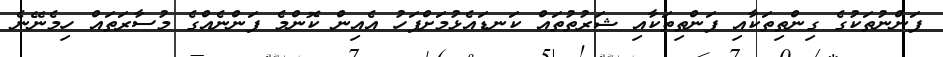
ފަންނުތަކުގެ ގިންތިތަކާއި ފަންތިތަކާއި ޝަރުތުތައް ކަނޑައެޅުމަށްފަހު އެއިން ކޮންމެ ފަންނެއްގެ މުސާރަތައް ހިމެނޭނެ